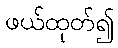
ဖယ်ထုတ်၍